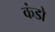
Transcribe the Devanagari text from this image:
कंडो